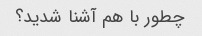
چطور با هم آشنا شدید؟